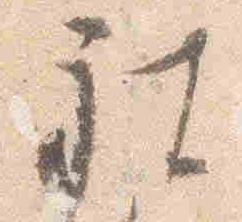
被